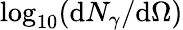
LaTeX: \log_{10}(\mathrm{d}N_{\gamma}/\mathrm{d}\Omega)